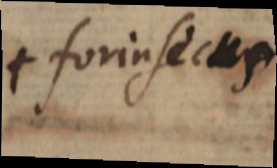
+ forinsecus